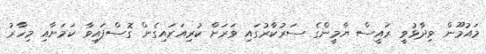
މައުމޫން ވިދާޅުވީ ރައީސް ޔާމީންގެ ސަރުކާރުގައި ވަރަށް ކުރިއަރައިގެން ގޮސްފައިވާ ކަމަށާއި މިހާރު